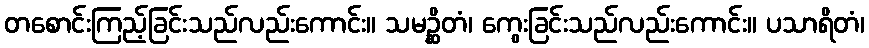
တစောင်းကြည့်ခြင်းသည်လည်းကောင်း။ သမဉ္ဆိတံ၊ ကွေးခြင်းသည်လည်းကောင်း။ ပသာရိတံ၊